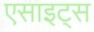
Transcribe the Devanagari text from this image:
एसाइट्स